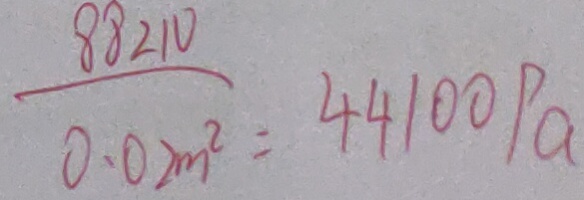
\frac { 8 8 2 N } { 0 . 0 2 m ^ { 2 } } = 4 4 1 0 0 P a